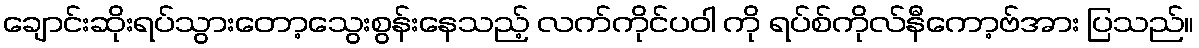
ချောင်းဆိုးရပ်သွားတော့သွေးစွန်းနေသည့် လက်ကိုင်ပဝါ ကို ရပ်စ်ကိုလ်နီကော့ဗ်အား ပြသည်။